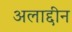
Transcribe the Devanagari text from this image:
अलाद्दीन